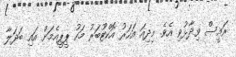
ރައީސް ވިދާޅުވި އެވެ. މިދިއަ އަހަރު އޮކްޓޫބަރު މަހު ޕީޕީއެމަށް އައި ބަދަލާ